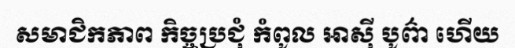
សមាជិកភាព កិច្ចប្រជុំ កំពូល អាស៊ី បូព៌ា ហើយ